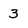
Character: 3